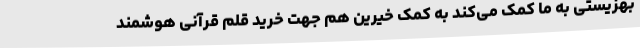
بهزیستی به ما کمک می‌کند به کمک خیرین هم جهت خرید قلم قرآنی هوشمند